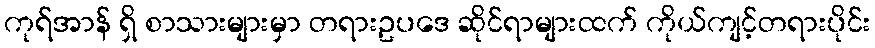
ကုရ်အာန် ရှိ စာသားများမှာ တရားဥပဒေ ဆိုင်ရာများထက် ကိုယ်ကျင့်တရားပိုင်း